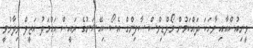
ވީނިއުސްއާއި ވާހަކަ ދައްކަމުން މޯލްޑިވްސް ސާފިންގް އެސޯސިއޭޝަނުގެ ރައީސް އަހްމަދު އަޒީލް ވިދާޅުވީ